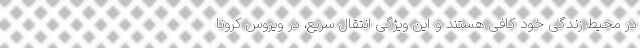
در محیط زندگی خود کافی هستند و این ویژگیِ انتقال سریع، در ویروس کرونا